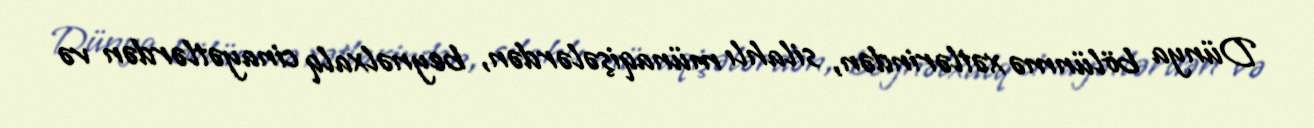
Dünya bölünmə xətlərindən, silahlı münaqişələrdən, beynəlxalq cinayətlərdən və